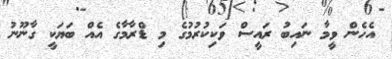
އެހެން ވީމާ ނައިބު ރައީސް ވަކިކުރުމުގެ މި ޑްރާމާގެ އެއް ބަޔަކީ ގާނޫނު